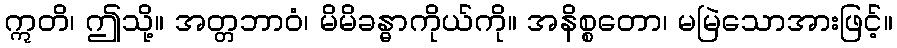
ဣတိ၊ ဤသို့။ အတ္တဘာဝံ၊ မိမိခန္ဓာကိုယ်ကို။ အနိစ္စတော၊ မမြဲသောအားဖြင့်။